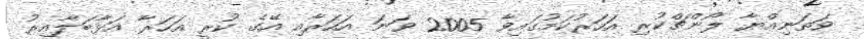
ވަތަނިއްޔާ ލޯންޗްކުރި އަހަރުކަމުގައިވާ 2005 ވަނަ އަހަރާއި އޭގެ ކުރީ އަހަރާ އަޅާބަލާއިރު